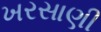
ખરસાણી